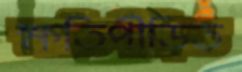
ক্ষতিপীড়িত